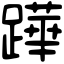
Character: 𨅯